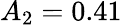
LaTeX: A_{2}=0.41